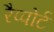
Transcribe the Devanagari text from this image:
रैप्पोर्ट